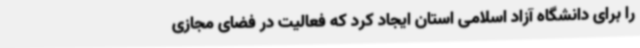
را برای دانشگاه آزاد اسلامی استان ایجاد کرد که فعالیت در فضای مجازی